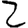
Digit: 2